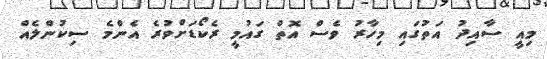
މިއީ ސާއިދު އަތުގައި މިހާރު ވެސް އޮތް ގައުމީ ރެކޯޑަށްވުރެ އެންމެ ސިކުންލެއް